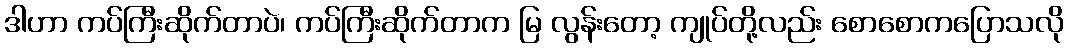
ဒါဟာ ကပ်ကြီးဆိုက်တာပဲ၊ ကပ်ကြီးဆိုက်တာက မြ လွန်းတော့ ကျုပ်တို့လည်း စောစောကပြောသလို